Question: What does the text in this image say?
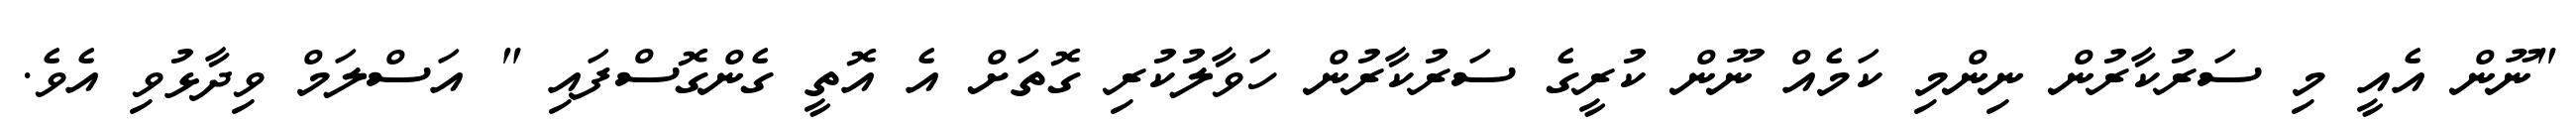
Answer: "ނޫން އެއީ މި ސަރުކާރުން ނިންމި ކަމެއް ނޫން ކުރީގެ ސަރުކާރުން ހަވާލުކުރި ގޮތަށް އެ އޮތީ ގެންގޮސްފައި " އަސްލަމް ވިދާޅުވި އެވެ.